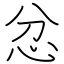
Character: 忿